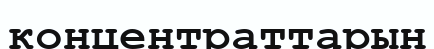
концентраттарын